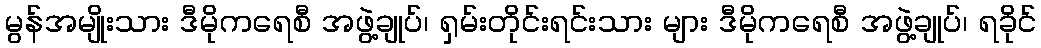
မွန်အမျိုးသား ဒီမိုကရေစီ အဖွဲ့ချုပ်၊ ရှမ်းတိုင်းရင်းသား များ ဒီမိုကရေစီ အဖွဲ့ချုပ်၊ ရခိုင်